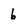
Character: 6